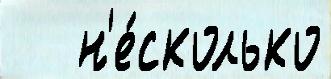
   н'е́сколько